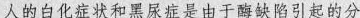
人的白化病症状合黑尿症是由于酶缺陷引起的分